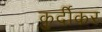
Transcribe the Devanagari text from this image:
कुर्दीकर